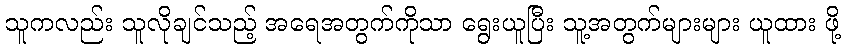
သူကလည်း သူလိုချင်သည့် အရေအတွက်ကိုသာ ရွေးယူပြီး သူ့အတွက်များများ ယူထား ဖို့